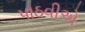
પાઠવીએ